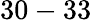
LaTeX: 30-33